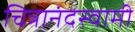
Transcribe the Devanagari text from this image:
चित्रानंदस्वामी